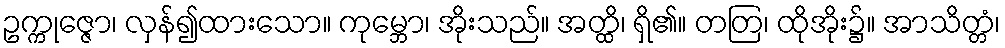
ဥက္ကုဇ္ဇော၊ လှန်၍ထားသော။ ကုမ္ဘော၊ အိုးသည်။ အတ္ထိ၊ ရှိ၏။ တတြ၊ ထိုအိုး၌။ အာသိတ္တံ၊